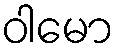
ဝါမော